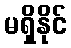
မရှိနိုင်